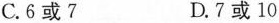
C.6或7 D.7或10